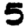
Digit: 5